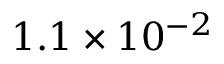
1 . 1 \times 1 0 ^ { - 2 }